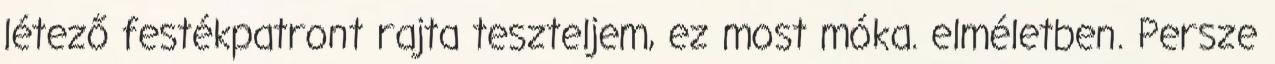
létező festékpatront rajta teszteljem, ez most móka. elméletben. Persze